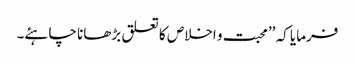
فرمایا کہ ’’محبت و اخلاص کا تعلق بڑھانا چاہئے۔